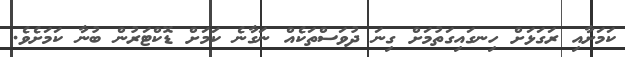
ކަމަށާއި ރަގަޅަށް ހިނގައިގަތުމަށް ގިނަ ދުވަސްތަކެއް ނަގާނެ ކަމަށް ޑޮކްޓަރުން ބުނާ ކަމަށެވެ.